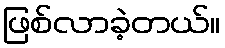
ဖြစ်လာခဲ့တယ်။